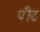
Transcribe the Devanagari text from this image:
पीढ